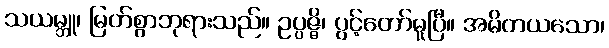
သယမ္ဘူ၊ မြတ်စွာဘုရားသည်။ ဥပ္ပဇ္ဇိ၊ ပွင့်တော်မူပြီ။ အမိတယသော၊